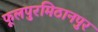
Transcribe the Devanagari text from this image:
फूलपुरमिठानपुर